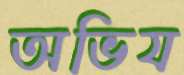
অভিয